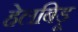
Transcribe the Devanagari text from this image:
हेलबिड़ू